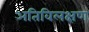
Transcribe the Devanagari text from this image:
अतिविलक्षण